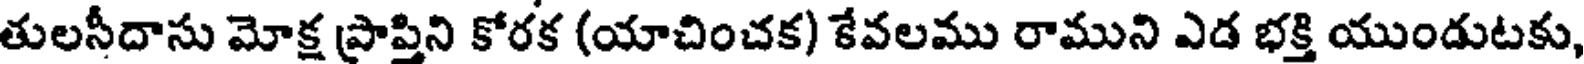
తులసీదాసు మోక్ష ప్రాప్తిని కోరక (యాచించక) కేవలము రాముని ఎడ భక్తి యుండుటకు,